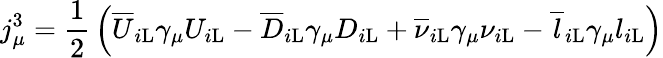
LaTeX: j_{\mu}^{3}={\frac{1}{2}}\left({\overline{{U}}}_{i\mathrm{L}}\gamma_{\mu}U_{i\mathrm{L}}-{\overline{{D}}}_{i\mathrm{L}}\gamma_{\mu}D_{i\mathrm{L}}+{\overline{{\nu}}}_{i\mathrm{L}}\gamma_{\mu}\nu_{i\mathrm{L}}-{\overline{{l}}}_{i\mathrm{L}}\gamma_{\mu}l_{i\mathrm{L}}\right)